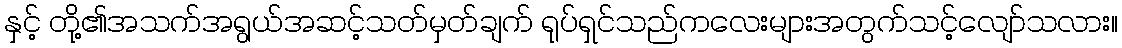
နှင့် တို့၏အသက်အရွယ်အဆင့်သတ်မှတ်ချက် ရုပ်ရှင်သည်ကလေးများအတွက်သင့်လျော်သလား။